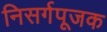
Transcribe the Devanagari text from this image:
निसर्गपूजक